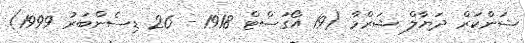
ޝަންކަރް ދަޔާލް ޝަރްމާ (19 އޯގަސްޓް 1918 - 26 ޑިސެންބަރު 1999)